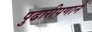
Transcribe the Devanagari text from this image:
पुढारीपणाने